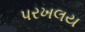
પરખલય